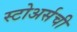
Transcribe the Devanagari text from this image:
स्टोअर्सची